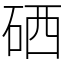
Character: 硒